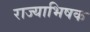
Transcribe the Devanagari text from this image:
राज्याभिषक